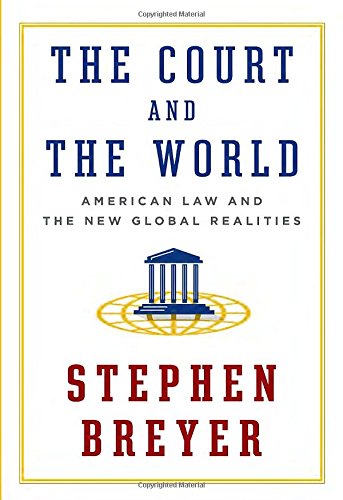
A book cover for The Court and the World: American Law and the New Global Realities; Stephen Breyer; Law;